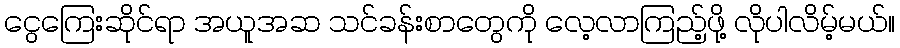
ငွေကြေးဆိုင်ရာ အယူအဆ သင်ခန်းစာတွေကို လေ့လာကြည့်ဖို့ လိုပါလိမ့်မယ်။